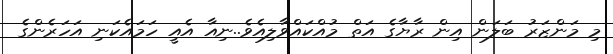
މި މަންޒަރު ބަލަން އިން ރާޔާގެ އަތް މުއްކައްވާލިއެވެ..ނިއާ އެއީ ހަމައެކަނި އަހަރެންގެ